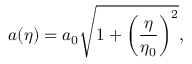
a ( \eta ) = a _ { 0 } \sqrt { 1 + \left( { \frac { \eta } { \eta _ { 0 } } } \right) ^ { 2 } } ,